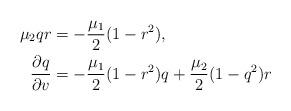
LaTeX: \begin{align*}\mu_2qr&=-\frac{\mu_1}{2}(1-r^2),\\ \frac{\partial q}{\partial v}&=-\frac{\mu_1}{2}(1-r^2)q+\frac{\mu_2}{2}(1-q^2)r\end{align*}